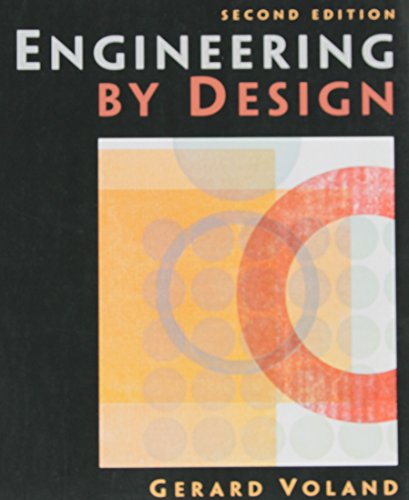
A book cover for Engineering by Design (2nd Edition); Gerard Voland; Engineering & Transportation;